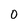
Character: 0